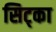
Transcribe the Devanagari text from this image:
सिट्का